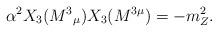
LaTeX: \begin{align*}\alpha ^{2}X_{3}(M^{3}{}_{\mu })X_{3}(M^{3\mu })=-m_{Z}^{2}.\end{align*}